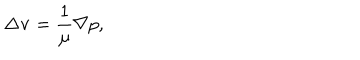
\Delta { \bf v } = \frac { 1 } { \mu } \nabla p ,